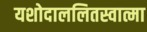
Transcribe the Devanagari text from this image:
यशोदाललितस्वात्मा